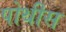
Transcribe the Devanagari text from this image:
पोथीस